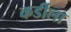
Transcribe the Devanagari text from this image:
कर्डीला